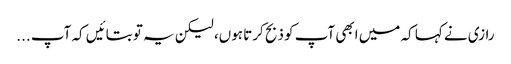
رازی نے کہا کہ میں ابھی آپ کو ذبح کرتا ہوں، لیکن یہ تو بتائیں کہ آپ ...